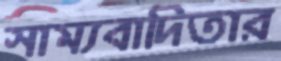
সাম্যবাদিতার